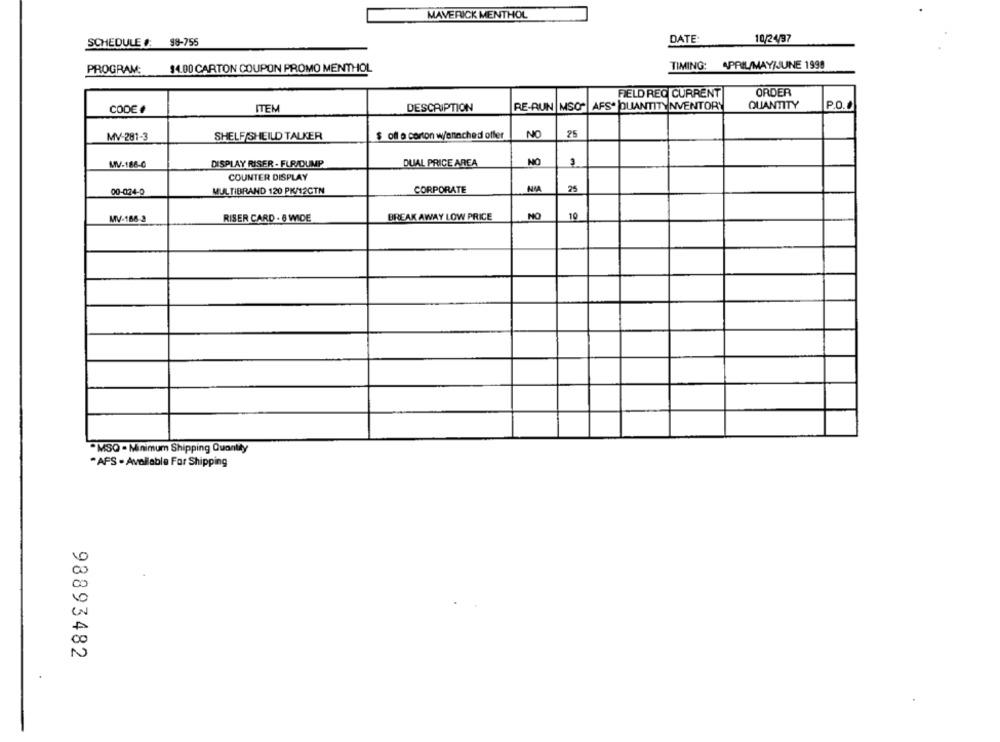
MAVERICK MENTHOL
SCHEDULE #:
98-755
DATE:
10/24/97
TIMING: APRIL/MAY/JUNE 1998
PROGRAM:
14.00 CARTON COUPON PROMO MENTHOL
FIELD REG CURRENT
ORDER
CODE #
ITEM
DESCRIPTION
RE-RUN |MSO"
AFS. QUANTITY INVENTORY
QUANTITY
P.O.
NO
25
MV-281-3
SHELF/SHEILD TALKER
$ ofl o corton w/anached offer
MV-186-0
DISPLAY RISER - FUR/DUMP
DUAL PRICE AREA
NO
3
COUNTER DISPLAY
00-024-0
MULTIBRAND 120 PK/12CTN
CORPORATE
MIA
25
BREAK AWAY LOW PRICE
NO
10
MV-166-3
RISER CARD - 6 WIDE
"MSQ - Minimum Shipping Quantity
"AFS - Available For Shipping
98893482